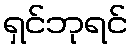
ရှင်ဘုရင်